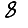
Digit: 8